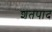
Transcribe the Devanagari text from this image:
शतपाद